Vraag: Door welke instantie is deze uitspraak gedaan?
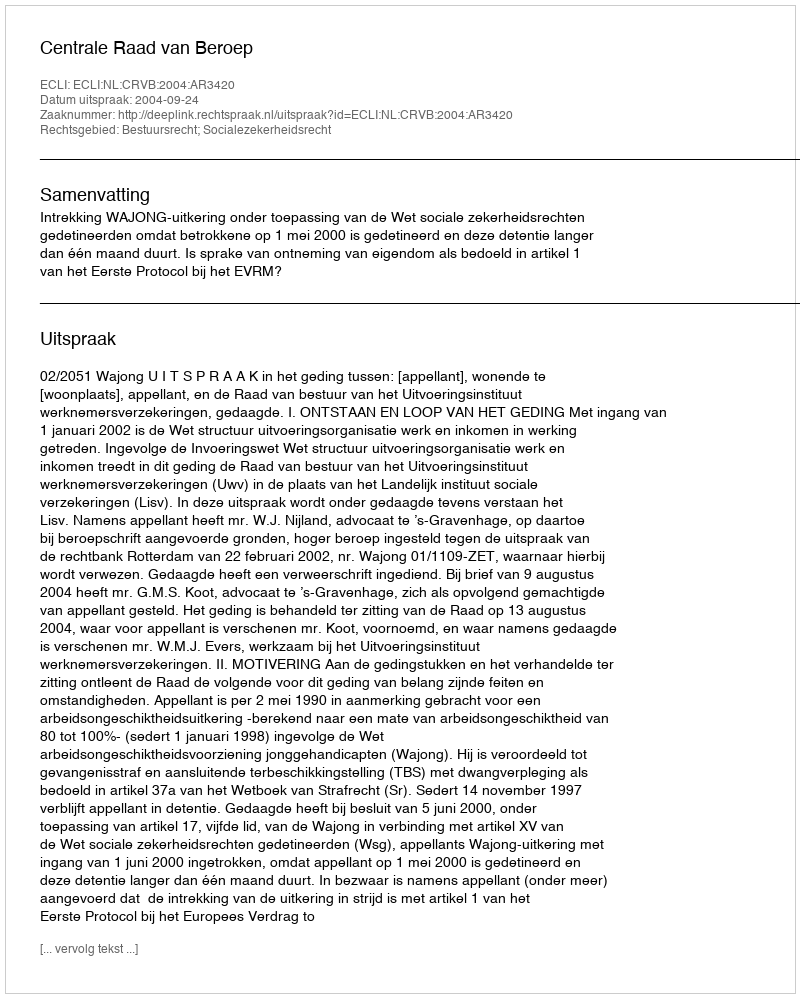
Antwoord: Centrale Raad van Beroep